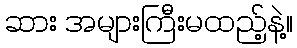
ဆား အများကြီးမထည့်နဲ့။